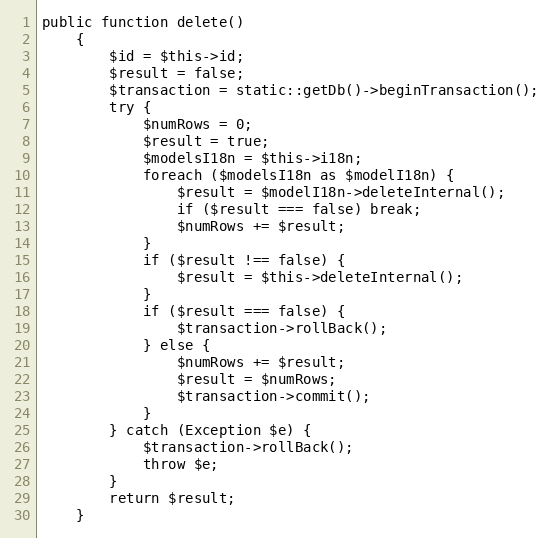
Language: PHP
public function delete()
    {
        $id = $this->id;
        $result = false;
        $transaction = static::getDb()->beginTransaction();
        try {
            $numRows = 0;
            $result = true;
            $modelsI18n = $this->i18n;
            foreach ($modelsI18n as $modelI18n) {
                $result = $modelI18n->deleteInternal();
                if ($result === false) break;
                $numRows += $result;
            }
            if ($result !== false) {
                $result = $this->deleteInternal();
            }
            if ($result === false) {
                $transaction->rollBack();
            } else {
                $numRows += $result;
                $result = $numRows;
                $transaction->commit();
            }
        } catch (Exception $e) {
            $transaction->rollBack();
            throw $e;
        }
        return $result;
    }